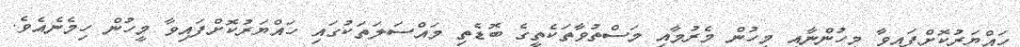
ހައްޔަރުކޮށްފައިވާ މީހުންނާއި މީހުން މެރުމާއި މަސްތުވާތަކެތީގެ ބޮޑެތި މައްސަލަތަކުގައި ހައްޔަރުކޮށްފައިވާ މީހުން ހިމެނެއެވެ.